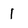
Character: 1